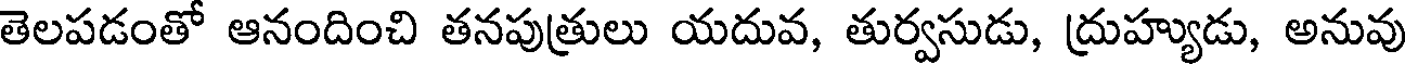
తెలపడంతో ఆనందించి తనపుత్రులు యదువ, తుర్వసుడు, ద్రుహ్యుడు, అనువు